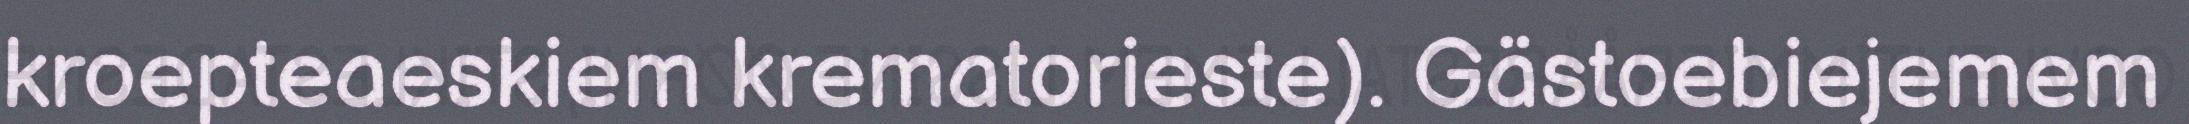
kroepteaeskiem krematorieste). Gästoebiejemem